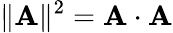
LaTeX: \| \mathbf{A}\| ^{2}=\mathbf{A\cdot A}